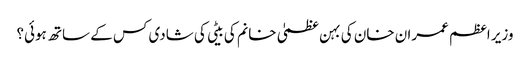
وزیر اعظم عمران خان کی بہن عظمیٰ خانم کی بیٹی کی شادی کس کے ساتھ ہوئی؟